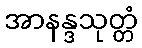
အာနန္ဒသုတ္တံ